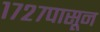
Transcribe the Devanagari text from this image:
१७२७पासून